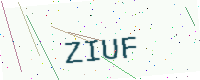
Text: ZIUF